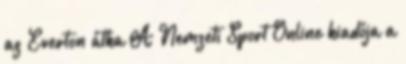
az Everton átka A Nemzeti Sport Online kiadója a